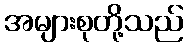
အများစုတို့သည်